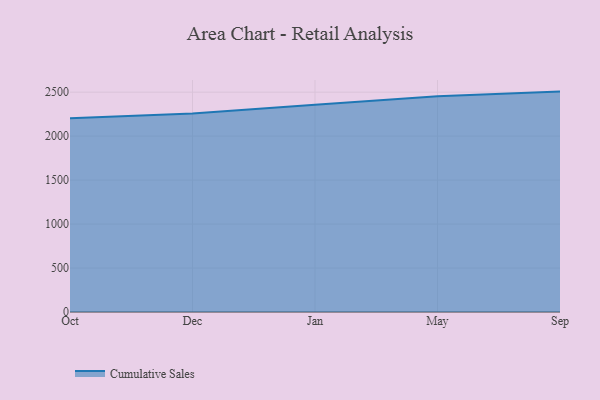
{"axis": {"x": "Month", "y": "Conversion Rate (%)"}, "legend": ["Cumulative Sales"], "data": [{"x": "Oct", "y": 2204.6, "type": "Cumulative Sales"}, {"x": "Dec", "y": 2257.1, "type": "Cumulative Sales"}, {"x": "Jan", "y": 2357.3, "type": "Cumulative Sales"}, {"x": "May", "y": 2454.9, "type": "Cumulative Sales"}, {"x": "Sep", "y": 2506.4, "type": "Cumulative Sales"}]}